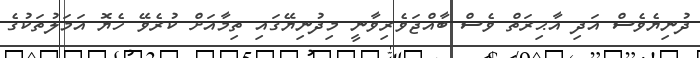
ދުނިޔެވެސް އަދި އާޙިރަތް ވެސް ބާއްޖަވެރިވާނީ މިދުނިޔޭގައި ތިމާއަށް ކުރެވޭ ހެޔޮ އަމަލުތަކުގެ